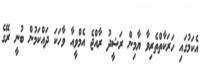
އެކަމުގައި ހަރަކާތްތެރިވާ ޔާމިން ރަޝީދު ރާއްޖެ އެމްވީއާ ވާހަކަ ދައްކަމުން ބުނީ ރޭގެ